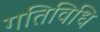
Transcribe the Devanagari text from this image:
गतिविधि